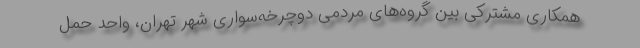
همکاری مشترکی بین گروه‌های مردمی دوچرخه‌سواری شهر تهران، واحد حمل